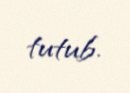
tutub.